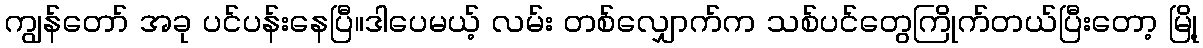
ကျွန်တော် အခု ပင်ပန်းနေပြီ။ဒါပေမယ့် လမ်း တစ်လျှောက်က သစ်ပင်တွေကြိုက်တယ်ပြီးတော့ မြို့